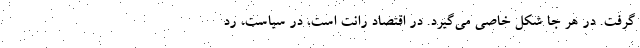
گرفت. در هر جا شکل خاصی می‌گیرد. در اقتصاد رانت است، در سیاست، رد